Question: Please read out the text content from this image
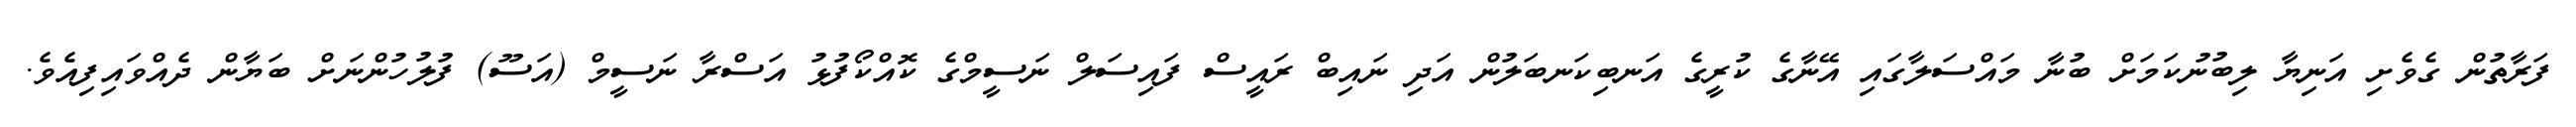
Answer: ފަރާތުން ގެވެށި އަނިޔާ ލިބުނުކަމަށް ބުނާ މައްސަލާގައި އޭނާގެ ކުރީގެ އަނބިކަނބަލުން އަދި ނައިބް ރައީސް ފައިސަލް ނަސީމްގެ ކޮއްކޯފުޅު އަސްރާ ނަސީމް (އަސޫ) ފުލުހުންނަށް ބަޔާން ދެއްވައިފިއެވެ.